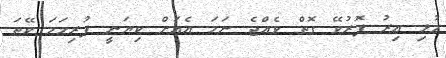
މުޅި އިރު ފޮރުވޭ ގޮތް ވެއްޖެ ނަމަ އެއަށް ކިޔަނީ ފުރިހަމަ ކޭތަ